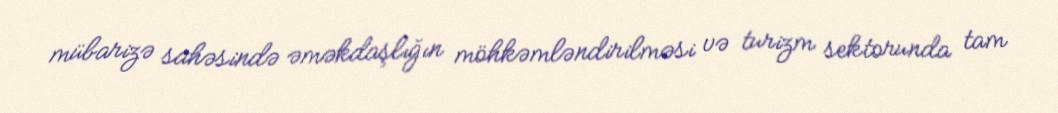
mübarizə sahəsində əməkdaşlığın möhkəmləndirilməsi və turizm sektorunda tam